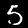
Digit: 5